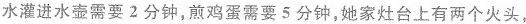
水灌进水壶需要2分钟，煎鸡蛋需要5分钟，她家灶台上有两个火头，